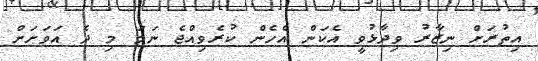
އިތުރަށް ނިޒާރު ވިދާޅުވީ އެކަން އެހެން ކުރެވިއްޖެ ނަމަ މި ދެ އަވަށަަށް